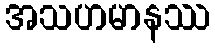
အသဟမာနဿ